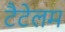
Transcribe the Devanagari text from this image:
टैटेलम